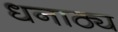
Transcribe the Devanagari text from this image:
धनाठ्य